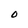
Character: O